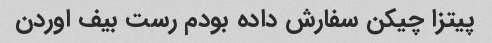
پیتزا چیکن سفارش داده بودم رست بیف اوردن